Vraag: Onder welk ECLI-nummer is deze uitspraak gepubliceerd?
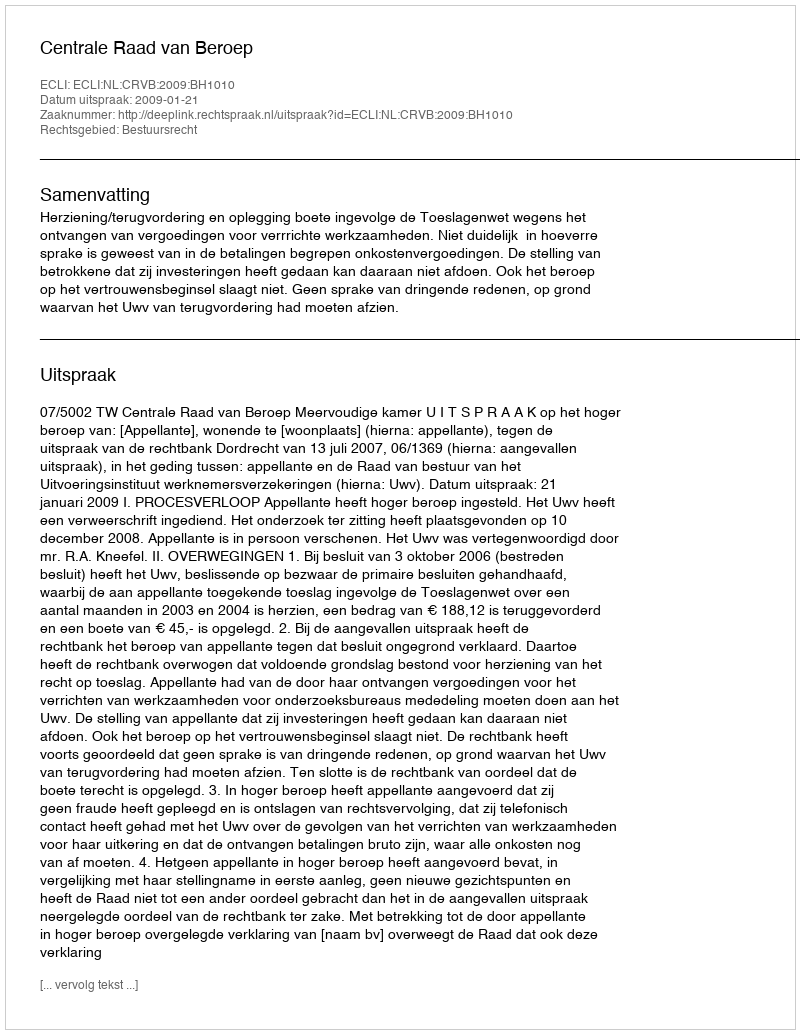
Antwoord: ECLI:NL:CRVB:2009:BH1010